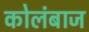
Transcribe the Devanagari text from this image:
कोलंबाज